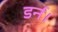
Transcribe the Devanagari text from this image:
डर्न।